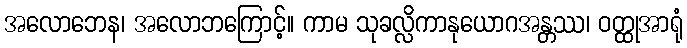
အလောဘေန၊ အလောဘကြောင့်။ ကာမ သုခလ္လိကာနုယောဂအန္တဿ၊ ဝတ္ထုအာရုံ